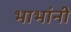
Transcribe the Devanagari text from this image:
भाभांनी